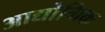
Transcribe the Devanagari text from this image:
आद्योगिक